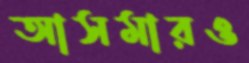
আসমারও